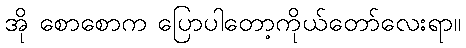
အို စောစောက ပြောပါတော့ကိုယ်တော်လေးရာ။